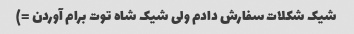
شیک شکلات سفارش دادم ولی شیک شاه توت برام آوردن =)